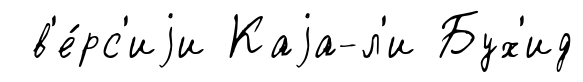
в'е́рс'иjи Каjа-л'и Бух'ид